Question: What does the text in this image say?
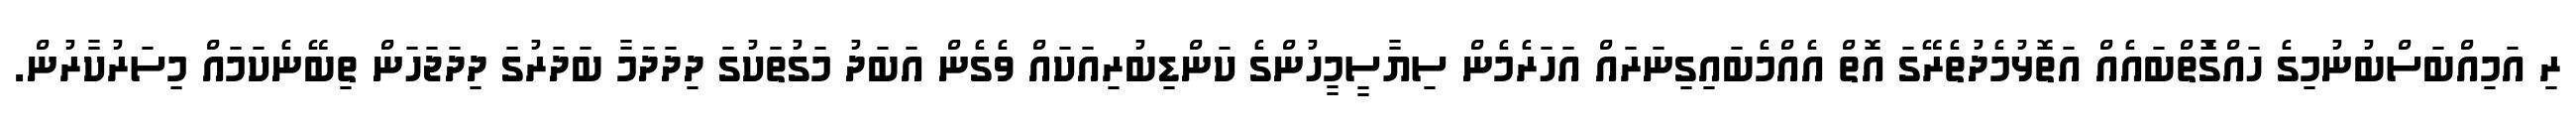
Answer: ރި އަމިއްބަސްބުނުމިގެ ހައްގުޮތްބައެއް އަތޮޅުމެދުތެރޭގަ އޮތް އެއްމެބައިގިނަރައް އަހަރެމެން ސިޔާސީމީހުންގެ ކަންޑިބުރިއަކައް ވެގެން އަބަދު މަގުތަކުގަ ދިދަދަމާ ބަދަރުގަ ދިދަޖަހަން ތިބޭނެކަމައް މިސަރުކާރުން.